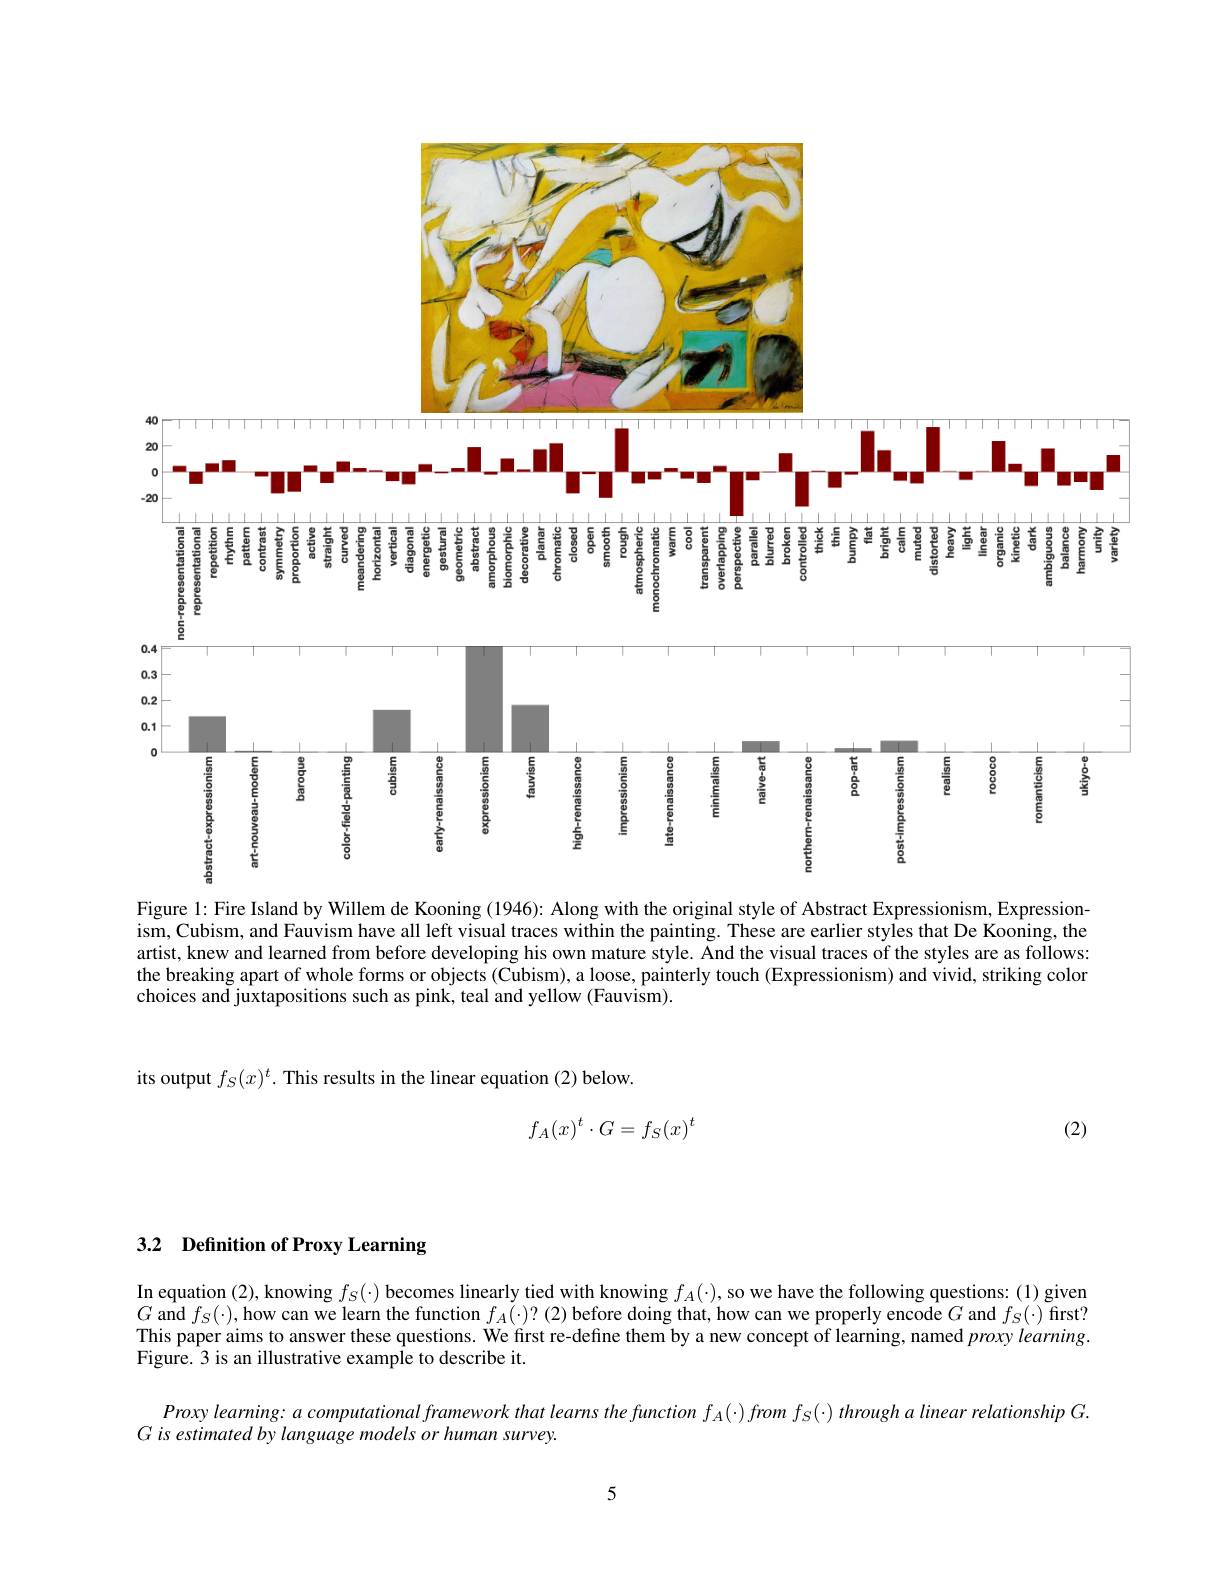
<FigureHere>
Figure 1: Fire Island by Willem de Kooning (1946): Along with the original style of Abstract Expressionism, Expression-

$\tilde{\text{ism, Cubism, and Fauvism have all left visual traces within the painting. These are earlier styles that De Kooning, the}}$ artist, knew and learned from before developing his own mature style. And the visual traces of the styles are as follows: the breaking apart of whole forms or objects (Cubism), a loose, painterly touch (Expressionism) and vivid, striking color choices and juxtapositions such as pink, teal and yellow (Fauvism).

its output $f_S(x)^t.$ This results in the linear equation (2) below.
$$f_A(x)^t\cdot G=f_S(x)^t$$
(2)

# 3.2 Definition of Proxy Learning

In equation (2),knowing $f_S(\cdot)$ becomes linearly tied with knowing $f_A(\cdot)$, so we have the following questions: (1) given $G$ and $f_S(\cdot)$, how can we learn the function $f_A(\cdot)?(2)$ before doing that, how can we properly encode $G$ and $f_S(\cdot)$ first? This paper aims to answer these questions. We first re-define them by a new concept of learning, named $proxy\textit{learning}$ Figure. 3 is an illustrative example to describe it.

Proxy learning: a computational framework that learns the function $f_A(\cdot)from$ $f_S(\cdot)$ through a linear relationship G
G is estimated by language models or human survey.

5